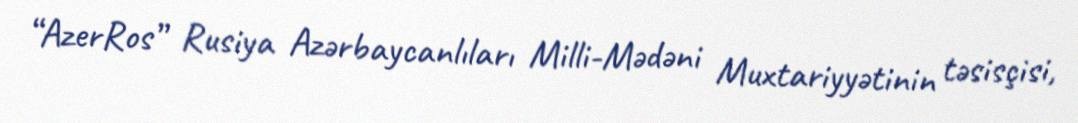
“AzerRos” Rusiya Azərbaycanlıları Milli-Mədəni Muxtariyyətinin təsisçisi,